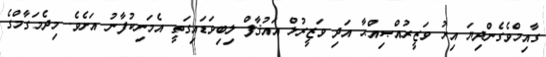
ގާއިމްވެގެންދިޔަ އިރު ވަޒީރުއްޞިއްޙާ އަދި ވަޒީރުލް އައުޤާފް ލިބިވަޑައިގަތީ އެމަނިކުފާނު އަށެވެ. މިދެމަގާމްގެ